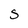
Character: S